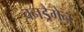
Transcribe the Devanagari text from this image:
वनड्रैगेन